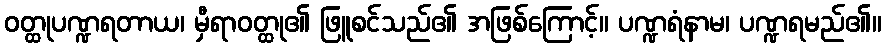
ဝတ္ထုပဏ္ဍရတာယ၊ မှီရာဝတ္ထု၏ ဖြူစင်သည်၏ အဖြစ်ကြောင့်။ ပဏ္ဍရံနာမ၊ ပဏ္ဍရမည်၏။